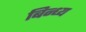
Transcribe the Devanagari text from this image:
बिन्ध्य